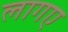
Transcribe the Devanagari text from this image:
लागए